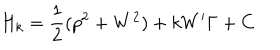
H _ { k } = \frac { 1 } { 2 } ( p ^ { 2 } + W ^ { 2 } ) + k W ^ { \prime } \Gamma + C